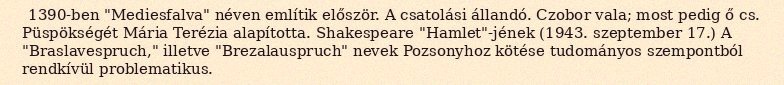
1390-ben "Mediesfalva" néven említik először. A csatolási állandó. Czobor vala; most pedig ő cs. Püspökségét Mária Terézia alapította. Shakespeare "Hamlet"-jének (1943. szeptember 17.) A "Braslavespruch," illetve "Brezalauspruch" nevek Pozsonyhoz kötése tudományos szempontból rendkívül problematikus.